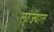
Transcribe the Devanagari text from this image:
लांज्यात